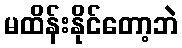
မထိန်းနိုင်တော့ဘဲ